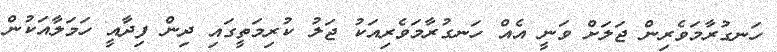
ހަނގުރާމަވެރިން ޖަލަށް ވަނީ އެއް ހަނގުރާމަވެރިއަކު ޖަލު ކުރިމަތީގައި ދިން ފިދާއީ ހަމަލާއަކުން